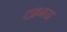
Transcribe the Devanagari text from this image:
टफ़मय